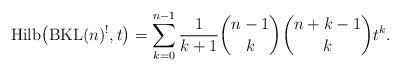
LaTeX: \begin{gather*}{\rm Hilb}\big({\rm BKL}(n)^{!},t\big)= \sum_{k=0}^{n-1}{1 \over {k+1}} {n-1 \choose k}{n+k-1 \choose k} t^k.\end{gather*}